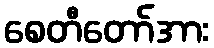
စေတီတော်အား